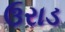
ઉરાડ